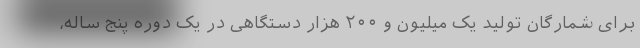
برای شمارگان تولید یک میلیون و ۲۰۰ هزار دستگاهی در یک دوره پنج‌ ساله،